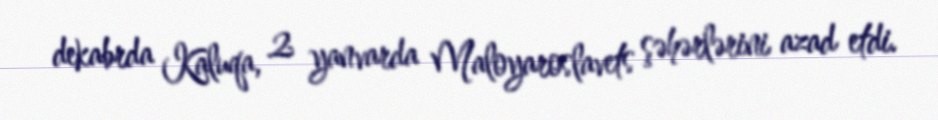
dekabrda Kaluqa, 2 yanvarda Maloyaroslavets şəhərlərini azad etdi.